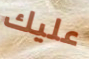
عليك